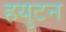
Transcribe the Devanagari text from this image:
हयुटन